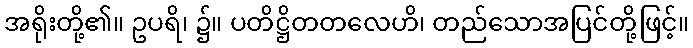
အရိုးတို့၏။ ဥပရိ၊ ၌။ ပတိဋ္ဌိတတလေဟိ၊ တည်သောအပြင်တို့ဖြင့်။